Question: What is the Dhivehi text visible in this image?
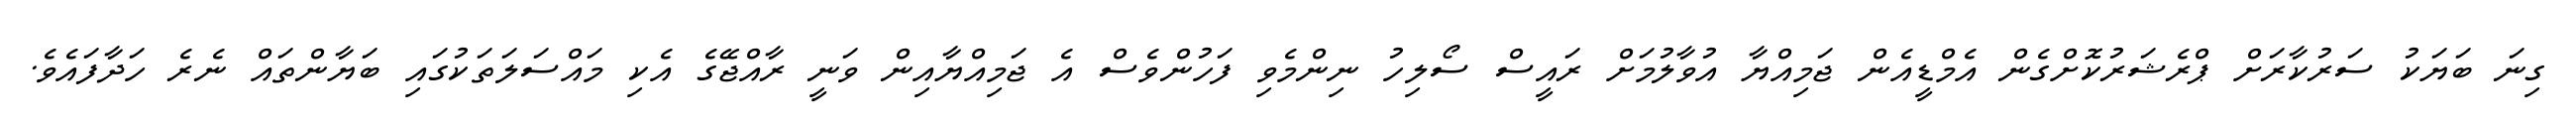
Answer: ގިނަ ބަޔަކު ސަރުކާރަށް ޕްރެޝަރުކޮށްގެން އެމްޑީއެން ޖަމިއްޔާ އުވާލުމަށް ރައީސް ސޯލިހު ނިންމެވި ފަހުންވެސް އެ ޖަމިއްޔާއިން ވަނީ ރާއްޖޭގެ އެކި މައްސަލަތަކުގައި ބަޔާންތައް ނެރެ ހަދާފައެވެ.